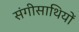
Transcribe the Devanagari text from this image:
संगीसाथियों